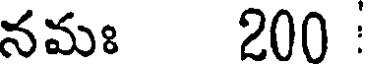
నమః 200 :